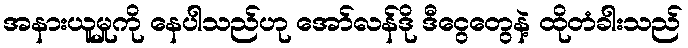
အနားယူမှုကို နေပါသည်ဟု အော်လန်ဒို ဒီငွေတွေနဲ့ ထိုတံခါးသည်